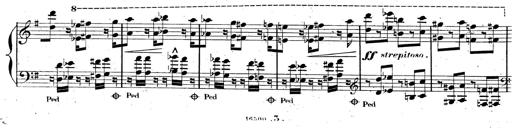
Title: AnnÃ©es de pÃ¨lerinage II, SupplÃ©ment
Composer: Franz Liszt